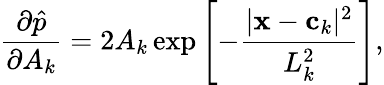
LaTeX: \frac{\partial\hat{p}}{\partial A_{k}}=2A_{k}\exp\left[-\frac{|\mathbf x-\mathbf c_{k}|^{2}}{L_{k}^{2}}\right],